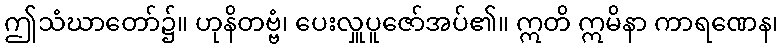
ဤသံဃာတော်၌။ ဟုနိတဗ္ဗံ၊ ပေးလှူပူဇော်အပ်၏။ ဣတိ ဣမိနာ ကာရဏေန၊